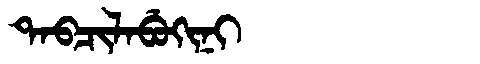
Manchu: ᡨᠠᠪᠴᡳᠯᠠᠪᡠᡴᡳᠨᡳ
Romanization: TABCILABUKINI